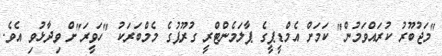
"މަޖުބޫރު ކުރައްވަމުން" ކަމަށް އެމްޑީޕީގެ ޕާލަމެންޓްރީ ގުރޫޕުގެ މެމްބަރަކު "ހަވީރަ"ށް ވިދާޅުވި އެވެ.